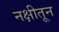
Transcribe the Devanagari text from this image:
नक्षीतून